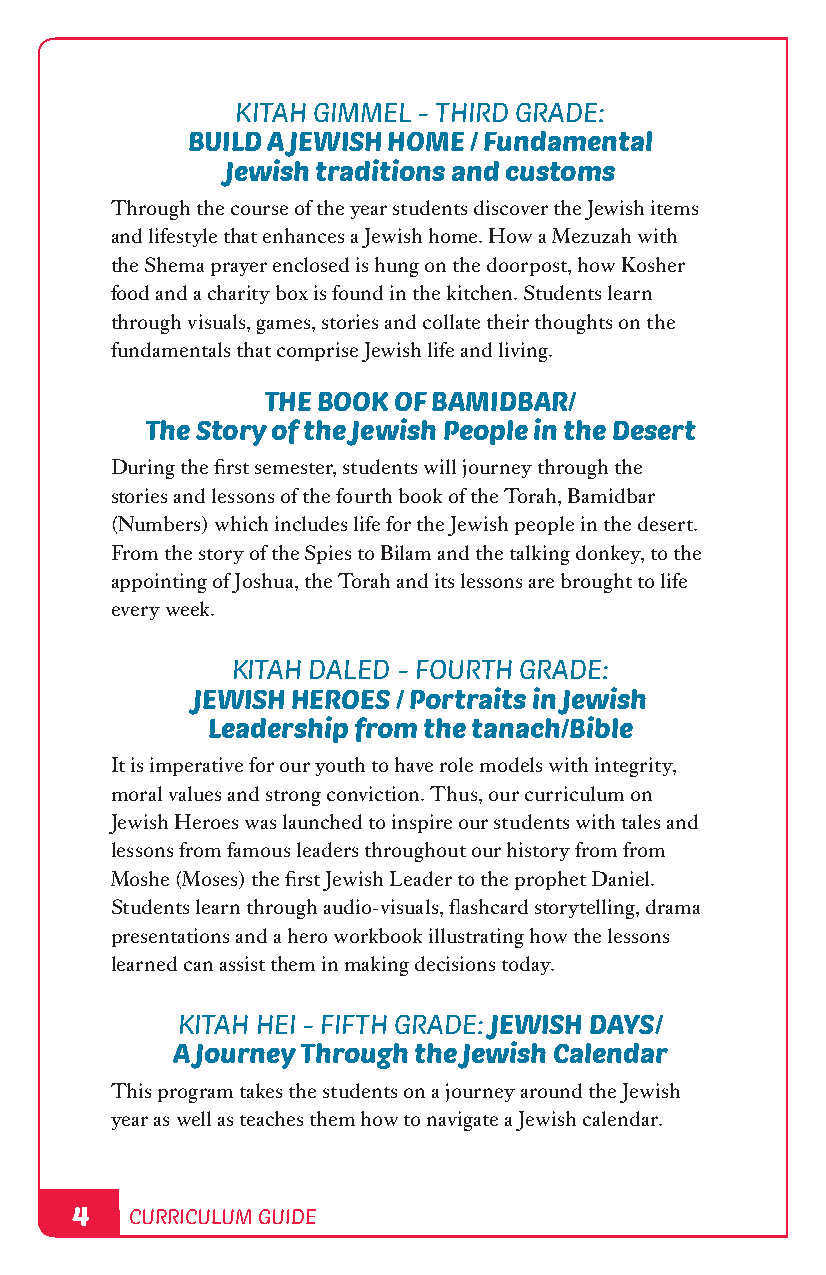
KITAH GIMMEL - THIRD GRADE:
 BUILD A JEWISH HOME / Fundamental
 Jewish traditions and customs
 Through the course of the year students discover the Jewish items
 and lifestyle that enhances a Jewish home. How a Mezuzah with
 the Shema prayer enclosed is hung on the doorpost, how Kosher
 food and a charity box is found in the kitchen. Students learn
 through visuals, games, stories and collate their thoughts on the
 fundamentals that comprise Jewish life and living.
 THE BOOK OF BAMIDBAR/
 The Story of the Jewish People in the Desert
 During the first semester, students will journey through the
 stories and lessons of the fourth book of the Torah, Bamidbar
 (Numbers) which includes life for the Jewish people in the desert.
 From the story of the Spies to Bilam and the talking donkey, to the
 appointing of Joshua, the Torah and its lessons are brought to life
 every week.
 KITAH DALED - FOURTH GRADE:
 JEWISH HEROES / Portraits in Jewish
 Leadership from the tanach/Bible
 It is imperative for our youth to have role models with integrity,
 moral values and strong conviction. Thus, our curriculum on
 Jewish Heroes was launched to inspire our students with tales and
 lessons from famous leaders throughout our history from from
 Moshe (Moses) the first Jewish Leader to the prophet Daniel.
 Students learn through audio-visuals, flashcard storytelling, drama
 presentations and a hero workbook illustrating how the lessons
 learned can assist them in making decisions today.
 KITAH HEI - FIFTH GRADE: JEWISH DAYS/
 A Journey Through the Jewish Calendar
 This program takes the students on a journey around the Jewish
 year as well as teaches them how to navigate a Jewish calendar.
 44  CURRICULUM GUIDE